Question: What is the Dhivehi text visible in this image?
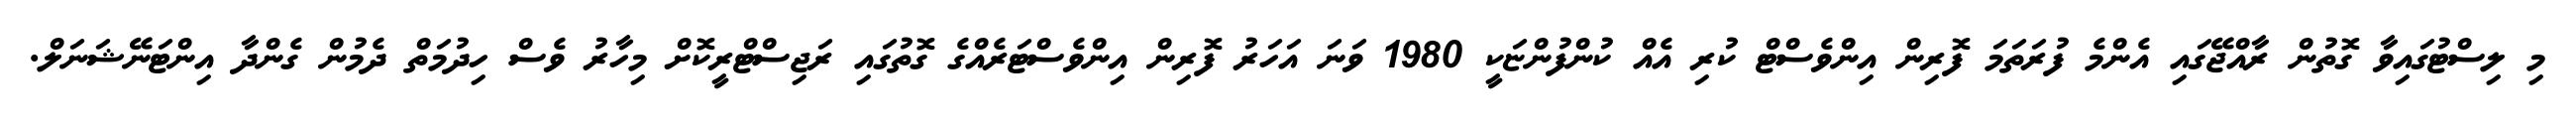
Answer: މި ލިސްޓުގައިވާ ގޮތުން ރާއްޖޭގައި އެންމެ ފުރަތަމަ ފޮރިން އިންވެސްޓް ކުރި އެއް ކުންފުންޏަކީ 1980 ވަނަ އަހަރު ފޮރިން އިންވެސްޓަރެއްގެ ގޮތުގައި ރަޖިސްޓްރީކޮށް މިހާރު ވެސް ހިދުމަތް ދެމުން ގެންދާ އިންޓަނޭޝަނަލް.